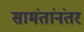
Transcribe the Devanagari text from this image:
सामंतांनंतर